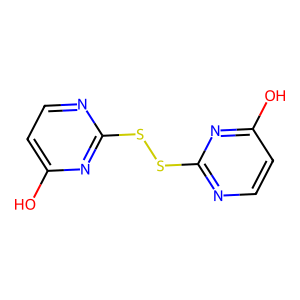
SMILES: Oc1ccnc(SSc2nccc(O)n2)n1
Inhibits HIV replication: No